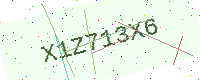
Text: X1Z713X6